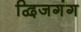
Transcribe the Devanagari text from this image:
द्विजगंग